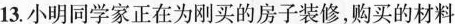
13.小明同学家正在为刚买的房子装修，购买的材料